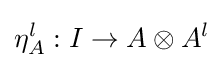
\eta _{A}^{l}:I\to A\otimes A^{l}